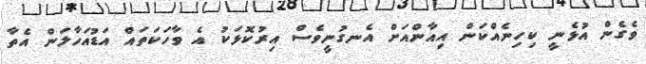
ވެގެން އުޅެނީ ކިހިނެއްކަން އިއާންއަށް އެނގުނީވެސް އިރުކޮޅަކު އެ ވާހަކަތައް އަޑުއަހާލަން އެތާ